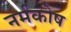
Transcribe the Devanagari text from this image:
नर्मकोष